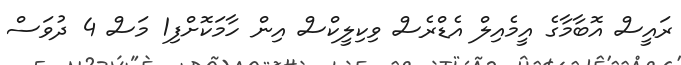
ރައީސް އޮބާމާގެ އީމެއިލް އެޑްރެސް ވިކިލީކްސް އިން ހާމަކޮށްފި1 މަސް 4 ދުވަސް